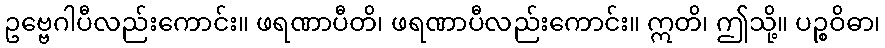
ဥဗ္ဗေဂါပီလည်းကောင်း။ ဖရဏာပီတိ၊ ဖရဏာပီလည်းကောင်း။ ဣတိ၊ ဤသို့။ ပဉ္စဝိဓာ၊